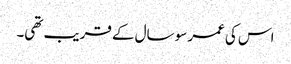
اس کی عمر سو سال کے قریب تھی۔